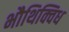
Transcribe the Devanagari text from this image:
भौथिक्विध